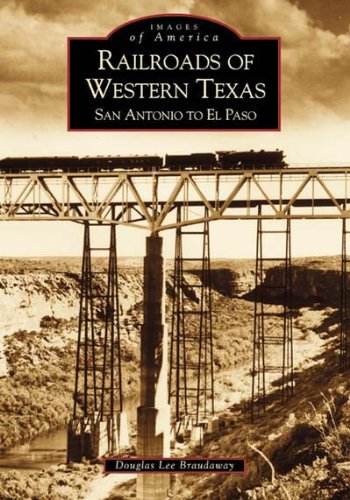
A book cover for Railroads of Western Texas:    San  Antonio  to  El  Paso  (TX)   (Images of America); Douglas  Braudaway; Travel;